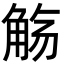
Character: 觞